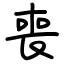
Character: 喪